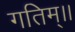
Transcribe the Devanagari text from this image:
गतिम्।।